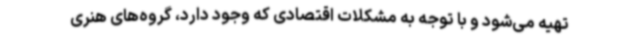
تهیه می‌شود و با توجه به مشکلات اقتصادی که وجود دارد، گروه‌های هنری